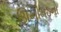
ઊખીમઠનો